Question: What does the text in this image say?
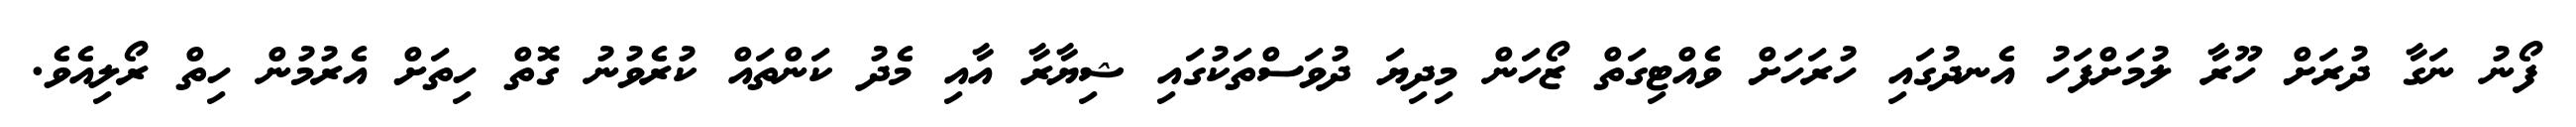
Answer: ފޯނު ނަގާ ދުރަށް ހޫރާ ލުމަށްފަހު އެނދުގައި ހުރަހަށް ވެއްޓިގަތް ޒޯހަން މިދިޔަ ދުވަސްތަކުގައި ޝިޔާރާ އާއި މެދު ކަންތައް ކުރެވުނު ގޮތް ހިތަށް އެރުމުން ހިތް ރޯލިއެވެ.